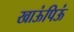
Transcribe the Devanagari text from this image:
खाऊंपिऊं